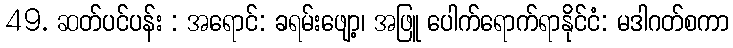
49. ဆတ်ပင်ပန်း : အရောင်: ခရမ်းဖျော့၊ အဖြူ ပေါက်ရောက်ရာနိုင်ငံ: မဒါဂတ်စကာ